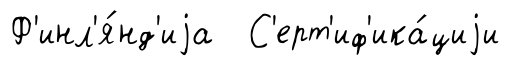
Ф'инл'я́нд'иjа С'ерт'иф'ика́циjи